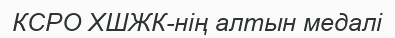
КСРО ХШЖК-нің алтын медалі